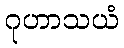
ဂုဟာသယံ